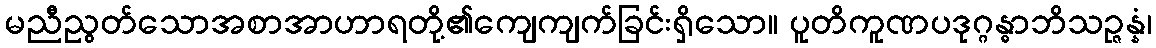
မညီညွတ်သောအစာအာဟာရတို့၏ကျေကျက်ခြင်းရှိသော။ ပူတိကူဏပဒုဂ္ဂန္ဓာဘိသဉ္ဇန္နံ၊